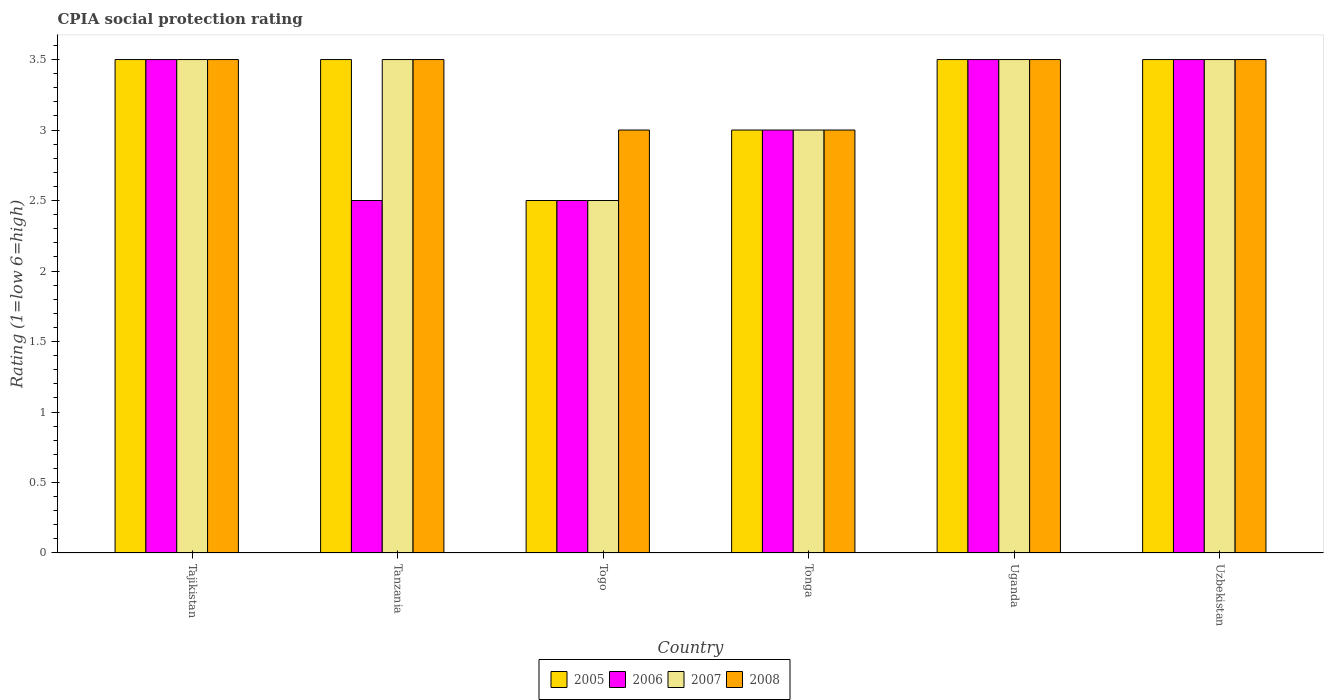
| Country | 2005 | 2006 | 2007 | 2008 |
 | --- | --- | --- | --- | --- |
 | Tajikistan | 3.5 | 3.5 | 3.5 | 3.5 |
 | Tanzania | 3.5 | 2.5 | 3.5 | 3.5 |
 | Togo | 2.5 | 2.5 | 2.5 | 3 |
 | Tonga | 3 | 3 | 3 | 3 |
 | Uganda | 3.5 | 3.5 | 3.5 | 3.5 |
 | Uzbekistan | 3.5 | 3.5 | 3.5 | 3.5 |